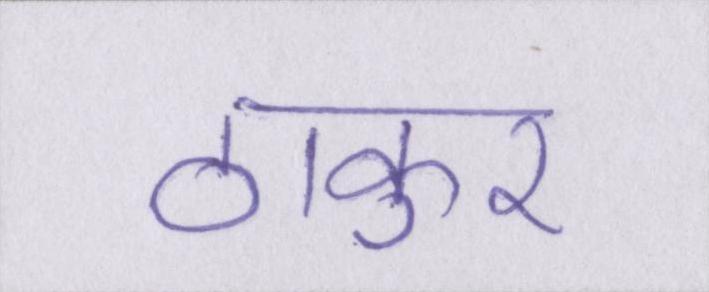
ठाकुर